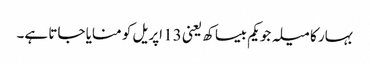
بہار کا میلہ جو یکم بیساکھ یعنی 13 اپریل کو منایا جاتا ہے۔